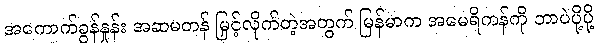
အကောက်ခွန်နှုန်း အဆမတန် မြှင့်လိုက်တဲ့အတွက် မြန်မာက အမေရိကန်ကို ဘာပဲပို့ပို့